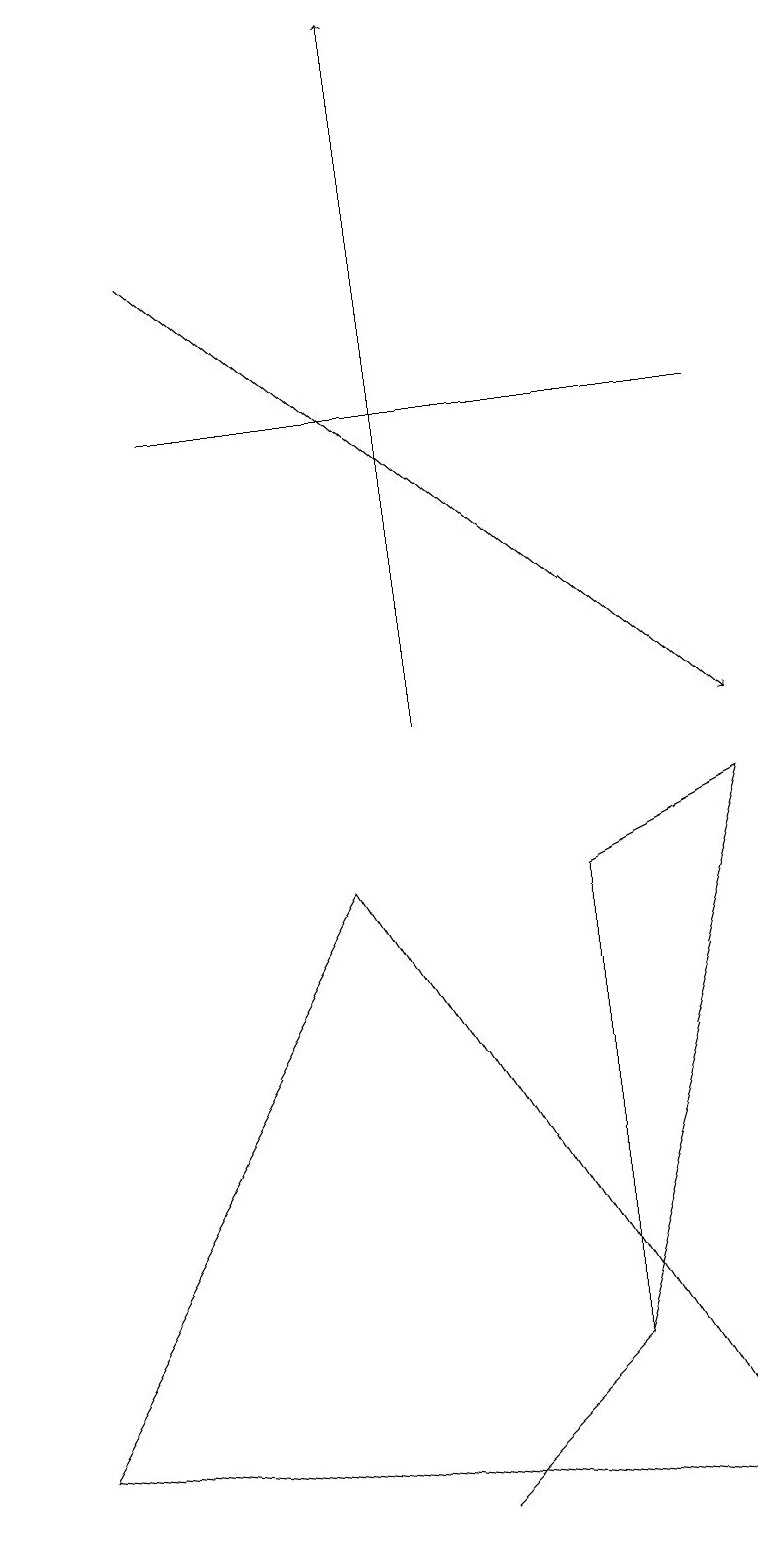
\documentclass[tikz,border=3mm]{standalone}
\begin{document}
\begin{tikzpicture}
\draw[->] (5,10) -- (5,19);
\draw (4,8) -- (0,1) -- (9,0) -- cycle;
\draw (9,9) -- (7,8) -- (7,2) -- cycle;
\draw (2,14) rectangle (9,14);
\draw (5,0) -- (7,2) -- (5,0) -- cycle;
\draw[->] (2,16) -- (9,10);
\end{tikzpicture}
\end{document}